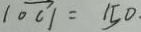
\vert \overrightarrow { O C } \vert = 1 5 0 .